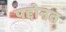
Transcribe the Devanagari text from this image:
पद्दोनत